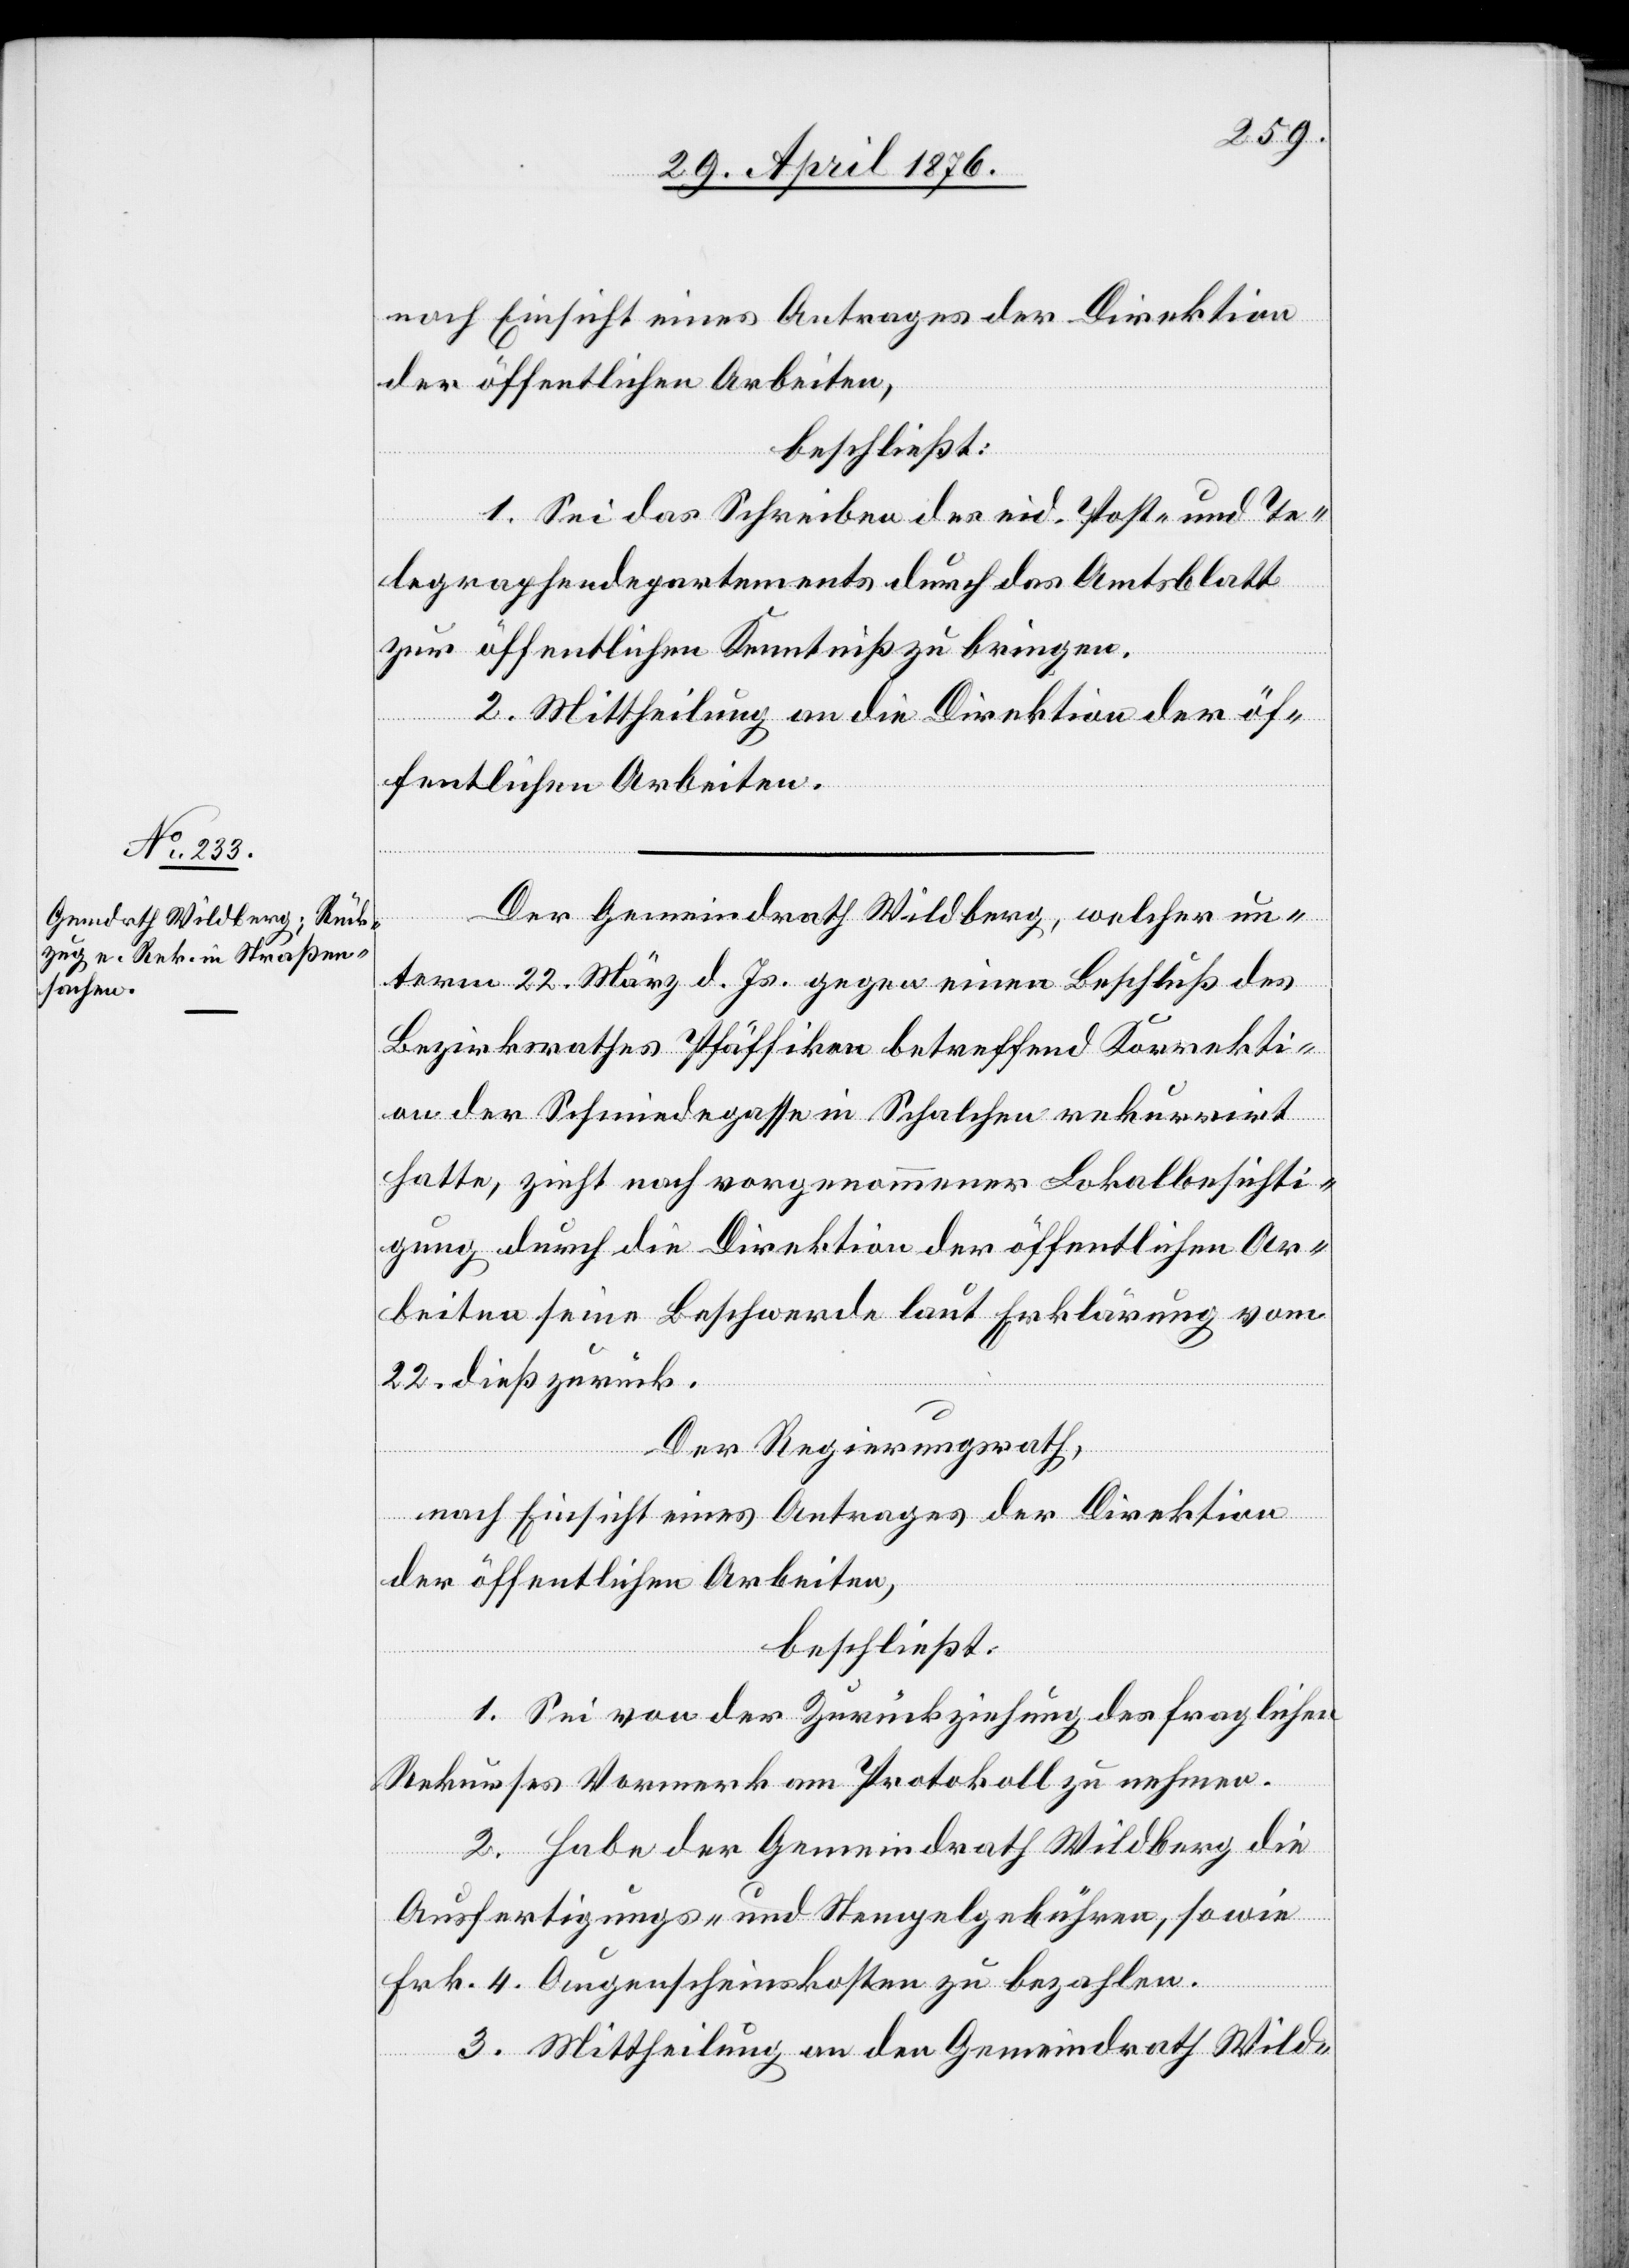
nach Einsicht eines Antrages der Direktion
der öffentlichen Arbeiten,
beschließt::
1. Sei das Schreiben des eid. Post- und Te¬
legraphendepartements durch das Amtsblatt
zur öffentlichen Kenntnis zu bringen.
2. Mittheilung an die Direktion der öf¬
fentlichen Arbeiten.
Der Gemeindrath Wildberg, welcher un¬
term 22. März d. Js. gegen einen Beschluß des
Bezirksrathes Pfäffikon betreffend Korrekti¬
on der Schmiedegasse in Schalchen rekurrirt
hatte, zieht nach vorgenommener Lokalbesichti¬
gung durch die Direktion der öffentlichen Ar¬
beiten seine Beschwerde laut Erklärung vom
22. dieß zurück.
Der Regierungsrath,
nach Einsicht eines Antrages der Direktion
der öffentlichen Arbeiten,
beschließt:
1. Sei von der Zurückziehung des fraglichen
Rekurses Vormerk am Protokoll zu nehmen.
2. Habe der Gemeindrath Wildberg die
Ausfertigungs- und Stempelgebühren, sowie
Frk. 4. Augenscheinskosten zu bezahlen.
3. Mittheilung an den Gemeindrath Wild-